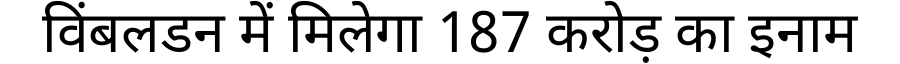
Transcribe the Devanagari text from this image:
विंबलडन में मिलेगा 187 करोड़ का इनाम